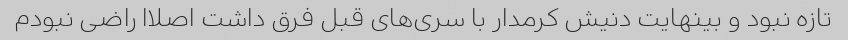
تازه نبود و بینهایت دنیش کرمدار با سری‌های قبل فرق داشت اصلاا راضی نبودم